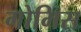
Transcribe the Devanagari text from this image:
गोमिस